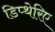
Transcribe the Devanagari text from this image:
डिप्थेरिए